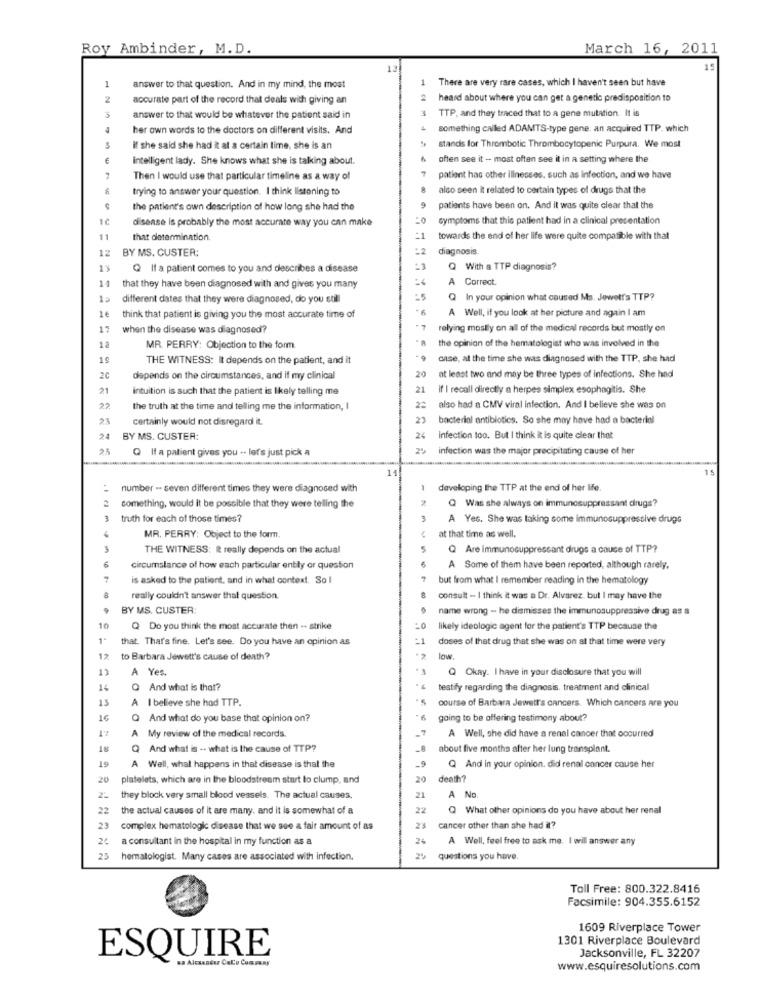
Roy Ambinder, M.D.
March 16, 2011
12
1
1
There are very rare cases, which I haven't seen but have
answer to that question. And in my mind, the most
2
accurate part of the record that deals with giving an
2
heard about where you can get a genetic predisposition to
3
1
answer to that would be whatever the patient said in
TTP, and they traced that to a gene mutation. It is
her own words to the doctors on different visits. And
something called ADAMTS-type gene. an acquired TTP. which
if she said she had it at a certain time, she is an
stands for Thrombotic ThrombocytopeniaPurpura. We most
intelligent lady. She knows what she is talking about.
often see it - most often see it in a setting where the
Then I would use that particular timeline as a way of
patient has other illnesses, such as infection, and we have
trying to answer your question. I think listening to
also seen it related to certain types of drugs that the
the patient's own description of how long she had the
9
patients have been on. And it was quite clear that the
disease is probably the most accurate way you can make
=0
symptoms that this patient had in a clinical presentation
11
that determination.
towards the end of her life were quite compatible with that
12
BY MS. CUSTER;
diagnosis.
13
Q If a patient comes to you and describes a disease
Q With a TTP diagnosis?
14
A Correct.
that they have been diagnosed with and gives you many
15
different dates that they were diagnosed, do you still
Q In your opinion what caused Ms. Jowetf's TTP?
1€
think that patient is giving you the most accurate time of
A Well, if you look at her picture and again I am
17
when the disease was diagnosed?
.7
relying mostly on all of the medical records but mostly on
the opinion of the hematologist who was involved in the
1ª
MR. PERRY: Objection to the form
THE WITNESS: It depends on the patient, and it
case, at the time she was diagnosed with the TTP, she had
20
2€
depends on the circumstances, and if my clinical
at least two and may be three types of infections. She had
21
intuition is such that the patient is likely telling me
21
If I recall directly a herpes simplex esophagitis. She
the truth at the time and telling me the information, I
22
also had a CMV viral infection. And I believe she was on
21
certainly would not disregard it.
2)
bacterial antibiotics. So she may have had a bacteriol
BY MS. CUSTER:
24
Infection too. But I think it is quite clear that
23
Q If a patient gives you .. let's just pick a
2%
infection was the major precipitating cause of her
11
number -- seven different times they were diagnosed with
developing the TTP at the end of her life.
Q Was she always on immunosuppressant drugs?
something, would it be possible that they were telling the
3
truth for each of those times?
3
A Yes. She was taking some immunosuppressive drugs
MR. PERRY: Object to the form.
at that time as well.
THE WITNESS: I really depends on the actual
Q Are immunosuppressant drugs a cause of TTP?
circumstance of how each particular entity or question
A Some of them have been reported, although rarely,
is asked to the patient, and in what context. So I
but from what I remember reading in the hematology
really couldn't answer that question.
consult - I think it was a Dr. Alvarez, but I may have the
BY MS. CUSTER:
name wrong - he dismisses the immunosuppressive drug as a
10
Q Do you think the most accurate then -- strike
=0
likely ideologic agent for the patient's TTP because the
1.
that. That's fine. Let's see. Do you have an opinion as
-1
doses of that drug that she was on at that time were very
12
to Barbara Jewett's cause of death?
low
A Yes.
Q Okay. I have in your disclosure that you will
14
O And what is that?
testify regarding the diagnosis, treatment and clinical
13
A I believe she had TTP.
course of Barbara Jewett's cancers. Which cancers are you
16
Q And what do you base that opinion on?
going to be offering testimony about?
AT
A My review of the medical records.
A Well, she did have a renal cancer that occurred
And what is .. what is the cause of TTP?
about five months after her lung transplant.
19
-9
A Well, what happens in that disease is that the
Q And in your opinion. did renal cancer cause her
20
platelets, which are in the bloodstream start lo clump, and
20
death?
they block very small blood vessels. The actual causes.
21
A No.
22
the actual causes of it are many, and it is somewhat of a
22
Q What other opinions do you have about her renal
23
complex hematologic disease that we see a fair amount of as
23
cancer other than she had it?
26
a consultant in the hospital in my function as a
A Well, feel free to ask me. I will answer any
25 hematologist. Many cases are associated with infection.
questions you have.
Toll Free: 800.322.8416
Facsimile: 904.355.6152
1609 Riverplace Tower
1301 Riverplace Boulevard
Jacksonville, FL 32207
ESQUIRE
www.esquiresolutions.com